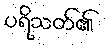
ပရိသတ်၏